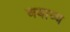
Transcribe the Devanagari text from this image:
अबाघ्य